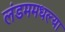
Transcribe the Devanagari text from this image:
लंडममधल्या